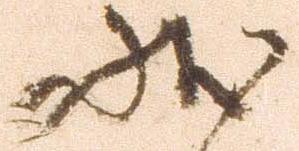
状